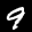
Label: 9